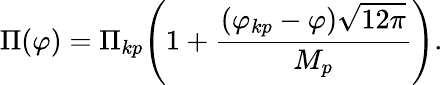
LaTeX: \Pi(\varphi)=\Pi_{kp}\Biggl(1+\frac{(\varphi_{kp}-\varphi)\sqrt{12\pi}}{M_{p}}\Biggr).